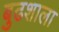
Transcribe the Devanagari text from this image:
बुढशाला